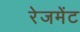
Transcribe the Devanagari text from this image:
रेजमेंट